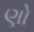
ણો